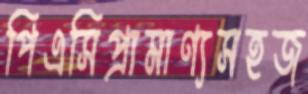
পিএসিপ্রামাণ্যসহজ